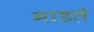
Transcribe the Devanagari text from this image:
माडले